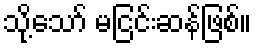
သို့သော် မငြင်းဆန်ဖြစ်။